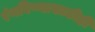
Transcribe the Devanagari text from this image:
रंगविण्यासाठीही